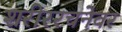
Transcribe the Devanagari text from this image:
शरीररचनेवर